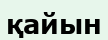
қайын